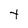
Character: t